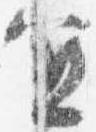
宜